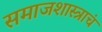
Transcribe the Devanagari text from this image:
समाजशास्त्राचं